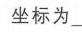
坐标为\_